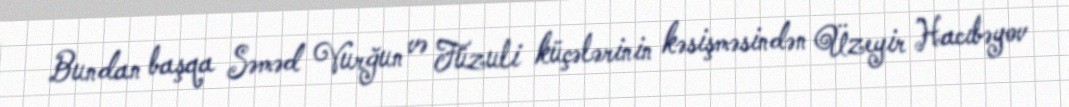
Bundan başqa Səməd Vurğun və Füzuli küçələrinin kəsişməsindən Üzeyir Hacıbəyov